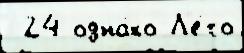
 24 одна́ко Л'е́то